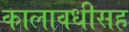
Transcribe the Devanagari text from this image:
कालावधीसह